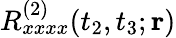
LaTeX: R_{xxxx}^{(2)}(t_{2},t_{3};{\mathbf r})